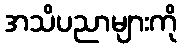
အသိပညာများကို